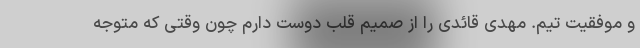
و موفقیت تیم. مهدی قائدی را از صمیم قلب دوست دارم چون وقتی که متوجه